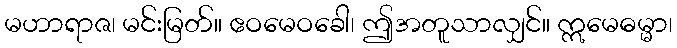
မဟာရာဇ၊ မင်းမြတ်။ ဧဝမေဝခေါ၊ ဤအတူသာလျှင်။ ဣမေဓမ္မာ၊